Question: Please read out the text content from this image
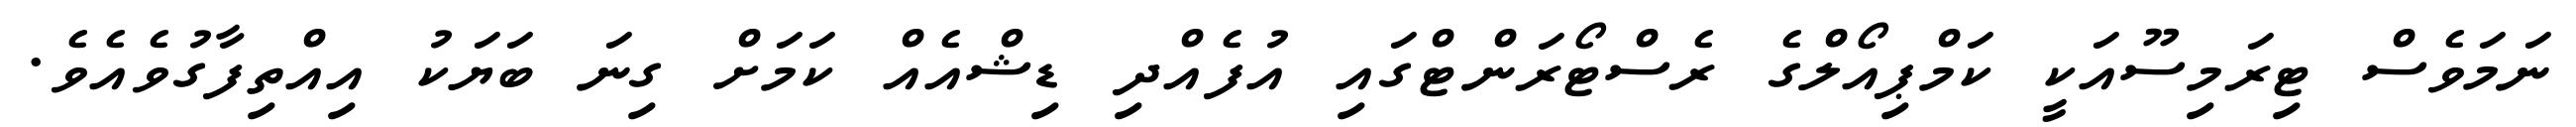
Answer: ނަމަވެސް ޓިރަމިސޫއަކީ ކަމްޕިއޯލްގެ ރެސްޓޯރަންޓްގައި އުފެއްދި ޑިޝްއެއް ކަމަށް ގިނަ ބަޔަކު އިއްތިފާގުވެއެވެ.